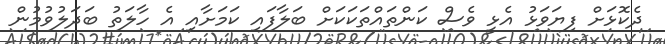
ދެކޮޅަށް ފިޔަވަޅު އެޅީ ވެސް ކަންތައްތަކަކަށް ބަލާފައި ކަމަށާއި އެ ހާލަތު ބަދަލުވުމުން